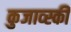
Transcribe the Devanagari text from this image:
कुजाव्स्की